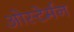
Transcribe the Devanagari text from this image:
ओस्टेर्मन